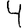
Digit: 4